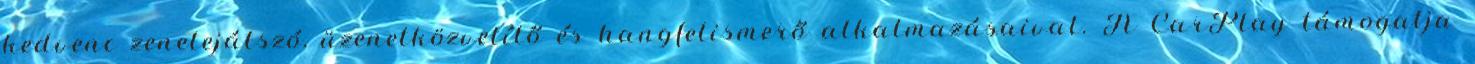
kedvenc zenelejátszó, üzenetközvetítő és hangfelismerő alkalmazásaival. A CarPlay támogatja